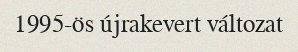
1995-ös újrakevert változat